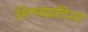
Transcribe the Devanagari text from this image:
शिष्यप्रतिभा